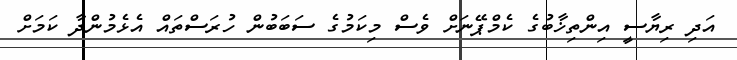
އަދި ރިޔާސީ އިންތިޚާބުގެ ކެމްޕޭނަށް ވެސް މިކަމުގެ ސަަބަބުން ހުރަސްތައް އެޅެމުންދާ ކަމަށް